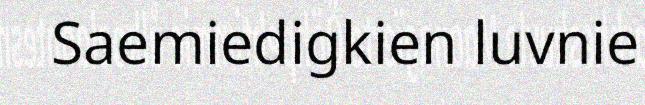
Saemiedigkien luvnie